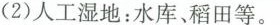
(2)人工湿地：水库、稻田等。